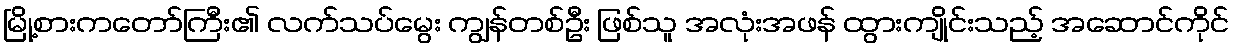
မြို့စားကတော်ကြီး၏ လက်သပ်မွေး ကျွန်တစ်ဦး ဖြစ်သူ အလုံးအဖန် ထွားကျိုင်းသည့် အဆောင်ကိုင်